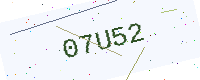
Text: 07U52